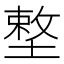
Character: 𡏴